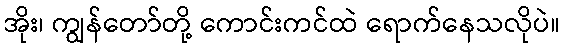
အိုး၊ ကျွန်တော်တို့ ကောင်းကင်ထဲ ရောက်နေသလိုပဲ။